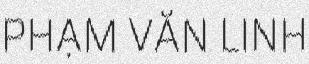
PHẠM VĂN LINH